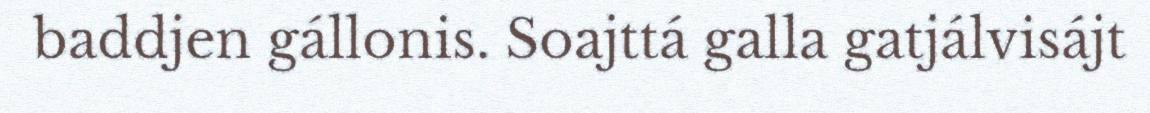
baddjen gállonis. Soajttá galla gatjálvisájt